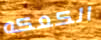
الكعكه